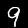
Label: 9